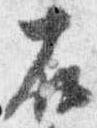
右